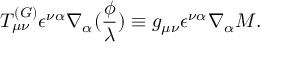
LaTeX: T _ { \mu \nu } ^ { ( G ) } \epsilon ^ { \nu \alpha } \nabla _ { \alpha } ( \frac \phi \lambda ) \equiv g _ { \mu \nu } \epsilon ^ { \nu \alpha } \nabla _ { \alpha } { \cal M } .